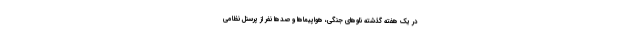
در یک هفته گذشته ناوهای جنگی، هواپیماها و صدها نفر از پرسنل نظامی